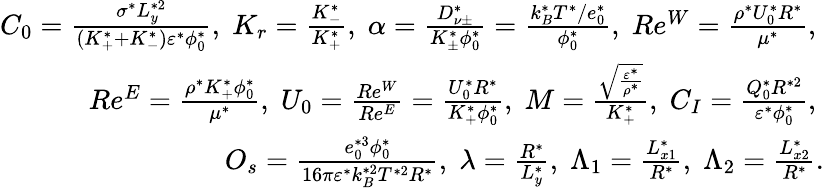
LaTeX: \begin{array}{r}{C_{0}=\frac{\sigma^{*}L_{y}^{*2}}{(K_{+}^{*}+K_{-}^{*})\varepsilon^{*}\phi_{0}^{*}},\; K_{r}=\frac{K_{-}^{*}}{K_{+}^{*}},\; \alpha=\frac{D_{\nu\pm}^{*}}{K_{\pm}^{*}\phi_{0}^{*}}=\frac{k_{B}^{*}T^{*}/e_{0}^{*}}{\phi_{0}^{*}},\; Re^{W}=\frac{\rho^{*}U_{0}^{*}R^{*}}{\mu^{*}},\; }\\ {Re^{E}=\frac{\rho^{*}K_{+}^{*}\phi_{0}^{*}}{\mu^{*}},\; U_{0}=\frac{Re^{W}}{Re^{E}}=\frac{U_{0}^{*}R^{*}}{K_{+}^{*}\phi_{0}^{*}},\; M=\frac{\sqrt{\frac{\varepsilon^{*}}{\rho^{*}}}}{K_{+}^{*}},\; C_{I}=\frac{Q_{0}^{*}R^{*2}}{\varepsilon^{*}\phi_{0}^{*}},\; }\\ {O_{s}=\frac{e_{0}^{*3}\phi_{0}^{*}}{16\pi\varepsilon^{*}k_{B}^{*2}T^{*2}R^{*}},\; \lambda=\frac{R^{*}}{L_{y}^{*}},\; \Lambda_{1}=\frac{L_{x1}^{*}}{R^{*}},\; \Lambda_{2}=\frac{L_{x2}^{*}}{R^{*}}.}\end{array}